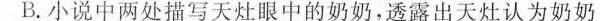
B小说中两处描写天灶眼中的奶奶，透露出天灶认为奶奶